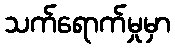
သက်ရောက်မှုမှာ